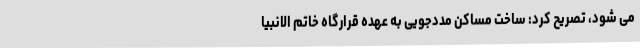
می شود، تصریح کرد: ساخت مساکن مددجویی به عهده قرارگاه خاتم الانبیا